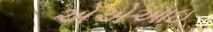
એએઆઇ